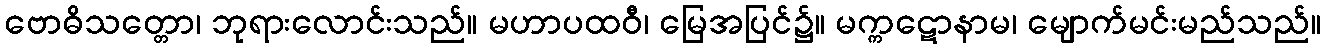
ဗောဓိသတ္တော၊ ဘုရားလောင်းသည်။ မဟာပထဝီ၊ မြေအပြင်၌။ မက္ကဋောနာမ၊ မျောက်မင်းမည်သည်။